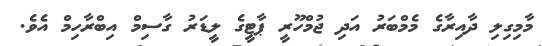
މާމިގިލި ދާއިރާގެ މެމްބަރު އަދި ޖުމްހޫރީ ޕާޓީގެ ލީޑަރު ގާސިމް އިބްރާހިމް އެވެ.